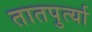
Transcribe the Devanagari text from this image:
तातपुर्त्या